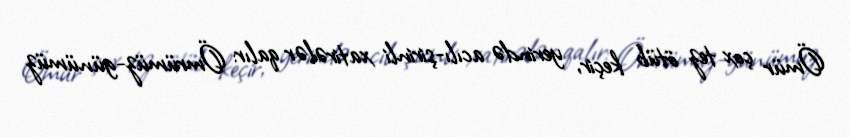
Ömür çox tez ötüb keçir, yerində acılı-şirinli xatirələr qalır: Ömrümüz-günümüz